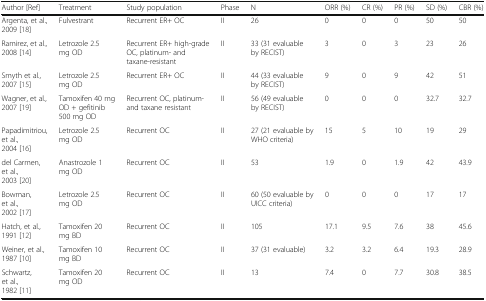
<table><thead><tr><td><b>Author [Ref]</b></td><td><b>Treatment</b></td><td><b>Study population</b></td><td><b>Phase</b></td><td><b>N</b></td><td><b>ORR (%)</b></td><td><b>CR (%)</b></td><td><b>PR (%)</b></td><td><b>SD (%)</b></td><td><b>CBR (%)</b></td></tr></thead><tbody><tr><td>Argenta, et al., 2009 [18]</td><td>Fulvestrant</td><td>Recurrent ER+ OC</td><td>II</td><td>26</td><td>0</td><td>0</td><td>0</td><td>50</td><td>50</td></tr><tr><td>Ramirez, et al., 2008 [14]</td><td>Letrozole 2.5 mg OD</td><td>Recurrent ER+ high-grade OC, platinum- and taxane-resistant</td><td>II</td><td>33 (31 evaluable by RECIST)</td><td>3</td><td>0</td><td>3</td><td>23</td><td>26</td></tr><tr><td>Smyth et al., 2007 [15]</td><td>Letrozole 2.5 mg OD</td><td>Recurrent ER+ OC</td><td>II</td><td>44 (33 evaluable by RECIST)</td><td>9</td><td>0</td><td>9</td><td>42</td><td>51</td></tr><tr><td>Wagner, et al., 2007 [19]</td><td>Tamoxifen 40 mg OD + gefitinib 500 mg OD</td><td>Recurrent OC, platinum- and taxane resistant</td><td>II</td><td>56 (49 evaluable by RECIST)</td><td>0</td><td>0</td><td>0</td><td>32.7</td><td>32.7</td></tr><tr><td>Papadimitriou, et al., 2004 [16]</td><td>Letrozole 2.5 mg OD</td><td>Recurrent OC</td><td>II</td><td>27 (21 evaluable by WHO criteria)</td><td>15</td><td>5</td><td>10</td><td>19</td><td>29</td></tr><tr><td>del Carmen, et al., 2003 [20]</td><td>Anastrozole 1 mg OD</td><td>Recurrent OC</td><td>II</td><td>53</td><td>1.9</td><td>0</td><td>1.9</td><td>42</td><td>43.9</td></tr><tr><td>Bowman, et al., 2002 [17]</td><td>Letrozole 2.5 mg OD</td><td>Recurrent OC</td><td>II</td><td>60 (50 evaluable by UICC criteria)</td><td>0</td><td>0</td><td>0</td><td>17</td><td>17</td></tr><tr><td>Hatch, et al., 1991 [12]</td><td>Tamoxifen 20 mg BD</td><td>Recurrent OC</td><td>II</td><td>105</td><td>17.1</td><td>9.5</td><td>7.6</td><td>38</td><td>45.6</td></tr><tr><td>Weiner, et al., 1987 [10]</td><td>Tamoxifen 10 mg BD</td><td>Recurrent OC</td><td>II</td><td>37 (31 evaluable)</td><td>3.2</td><td>3.2</td><td>6.4</td><td>19.3</td><td>28.9</td></tr><tr><td>Schwartz, et al., 1982 [11]</td><td>Tamoxifen 20 mg OD</td><td>Recurrent OC</td><td>II</td><td>13</td><td>7.4</td><td>0</td><td>7.7</td><td>30.8</td><td>38.5</td></tr></tbody></table>